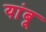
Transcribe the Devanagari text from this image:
यांबू